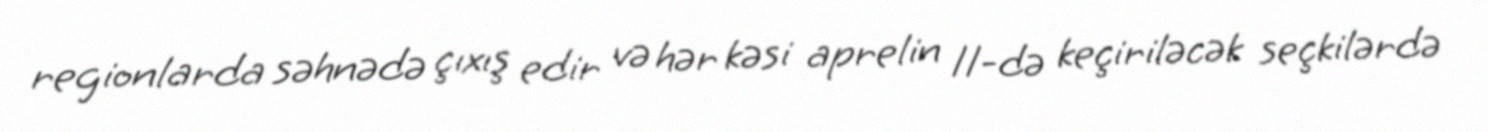
regionlarda səhnədə çıxış edir və hər kəsi aprelin 11-də keçiriləcək seçkilərdə